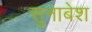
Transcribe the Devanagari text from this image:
सुनाबेश